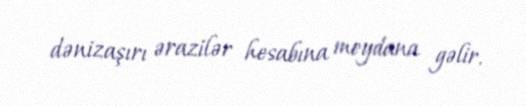
dənizaşırı ərazilər hesabına meydana gəlir.